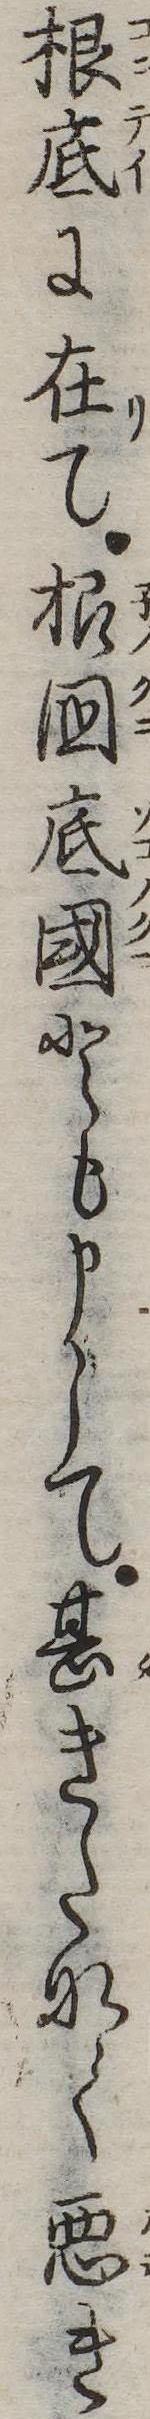
根底に在て根国底国とも申して甚きたなく悪き